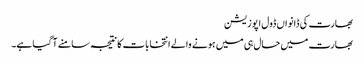
بھارت کی ڈانواں ڈول اپوزیشن
بھارت میں حال ہی میں ہونے والے انتخابات کا نتیجہ سامنے آ گیا ہے۔